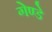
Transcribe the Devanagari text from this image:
गेण्डे